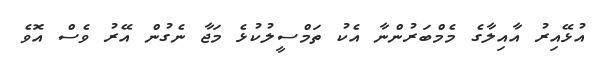
އުޅޭއިރު އާއިލާގެ މެމްބަރުންނާ އެކު ތަމްސީލުކުޅެ މަޖާ ނެގުން އޭރު ވެސް އޮވެ